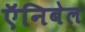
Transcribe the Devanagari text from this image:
ऍनिबेल